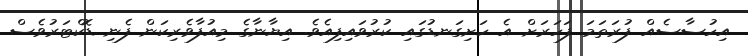
އިހުސާސެއް ފުރަތަމަ ފަހަރަށް އެ ހަށިގަނޑުގައި ކުރުވައިފިއެވެ. އިޔާނާގެ މިއުފާވެރިކަން ފެނި ޑޮކްޓަރުވެސް